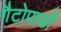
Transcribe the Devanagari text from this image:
गैटोपार्डो